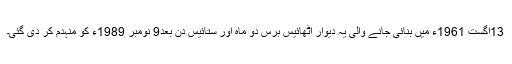
13اگست 1961ء میں بنائی جانے والی یہ دیوار اٹھائیس برس دو ماہ اور ستائیس دن بعد9 نومبر 1989ء کو منہدم کر دی گئی۔